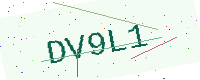
Text: DV9L1